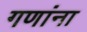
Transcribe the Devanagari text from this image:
गणांना